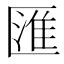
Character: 匯